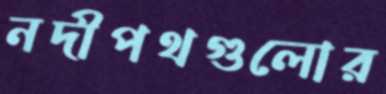
নদীপথগুলোর